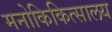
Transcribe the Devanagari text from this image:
मनोकिकित्सालय